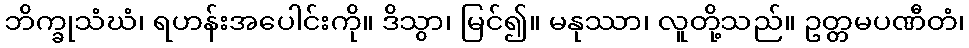
ဘိက္ခုသံဃံ၊ ရဟန်းအပေါင်းကို။ ဒိသွာ၊ မြင်၍။ မနုဿာ၊ လူတို့သည်။ ဥတ္တမပဏီတံ၊